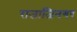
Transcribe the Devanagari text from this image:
राजाजिनगर